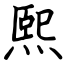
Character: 熙